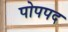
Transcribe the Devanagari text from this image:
पोपपद